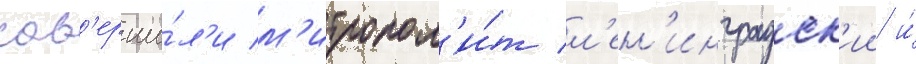
сов'ерши́л'и м'итропол'и́т л'ен'инградск'ии и́